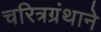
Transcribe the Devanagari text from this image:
चरित्रग्रंथाने